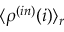
\langle \rho ^ { ( i n ) } ( i ) \rangle _ { r }